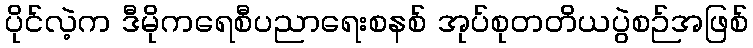
ပိုင်လဲ့က ဒီမိုကရေစီပညာရေးစနစ် အုပ်စုတတိယပွဲစဉ်အဖြစ်